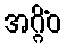
အဂ္ဂိံဝ